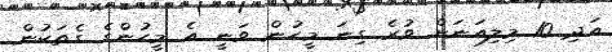
އަދި 10 މިލިއަނަށް ވުރެ ގިނަ މީހުން ވަނީ އެ މީހުންގެ ގެތަކުން